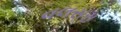
વલસરા